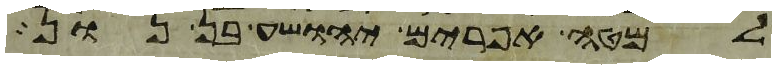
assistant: למטה אפרים יהושע בן נון